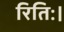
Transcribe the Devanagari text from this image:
रितिः।